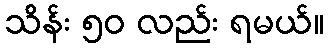
သိန်း ၅၀ လည်း ရမယ်။